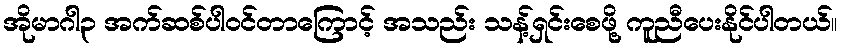
အိုမာဂါ၃ အက်ဆစ်ပါဝင်တာကြောင့် အသည်း သန့်ရှင်းစေဖို့ ကူညီပေးနိုင်ပါတယ်။